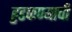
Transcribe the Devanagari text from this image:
हुडकण्याची